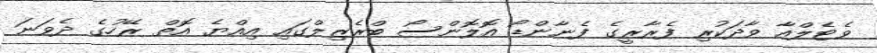
ވެޓެލްއާ ވާދަކުރި ފެރާރީގެ ފެނާންޑޯ އޮލޮންސޯ ބްރެޒިލްގައި އިއްޔެ އޮތް ރޭހުގެ ދެވަނަ